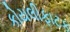
કોયલીફાટક